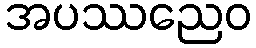
အပဿညေဝ